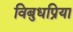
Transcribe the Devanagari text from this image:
विबुधप्रिया